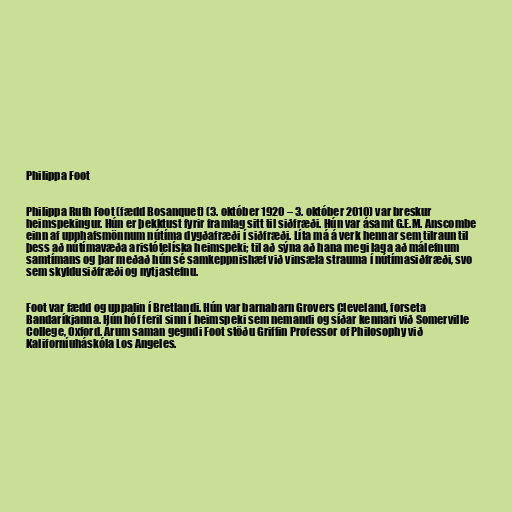
Philippa Foot

Philippa Ruth Foot (fædd Bosanquet) (3. október 1920 – 3. október 2010) var breskur
heimspekingur. Hún er þekktust fyrir framlag sitt til siðfræði. Hún var ásamt G.E.M. Anscombe
einn af upphafsmönnum nútíma dygðafræði í siðfræði. Líta má á verk hennar sem tilraun til
þess að nútímavæða aristótelíska heimspeki; til að sýna að hana megi laga að málefnum
samtímans og þar meðað hún sé samkeppnishæf við vinsæla strauma í nútímasiðfræði, svo
sem skyldusiðfræði og nytjastefnu.

Foot var fædd og uppalin í Bretlandi. Hún var barnabarn Grovers Cleveland, forseta
Bandaríkjanna. Hún hóf feril sinn í heimspeki sem nemandi og síðar kennari við Somerville
College, Oxford. Árum saman gegndi Foot stöðu Griffin Professor of Philosophy við
Kaliforníuháskóla Los Angeles.